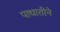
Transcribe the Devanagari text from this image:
पाधातीने